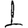
Digit: 1